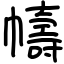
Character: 幬